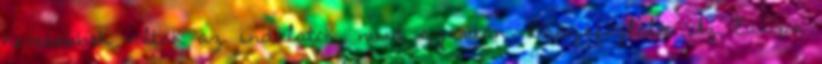
hevesebbek voltak az indulatok, mint szerdán. Összefoglaló. Az Európa